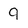
Character: 9